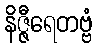
နိဇ္ဇီရေတဗ္ဗံ